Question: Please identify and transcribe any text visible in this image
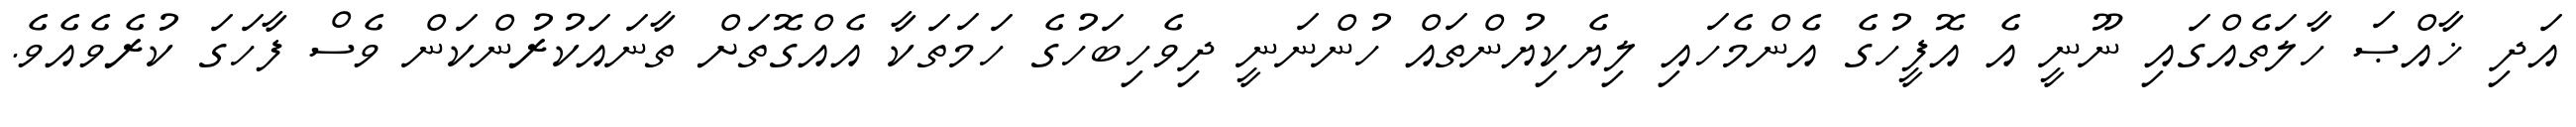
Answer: އަދި ޚާއްޞަ ހާލަތެއްގައި ނޫނީ އެ އޮފީހުގެ އެންމެހައި ލިޔެކިޔުންތައް ހުންނަނީ ދިވެހިބަހުގެ ހަމަތަކާ އެއްގޮތަށް ތާނައަކުރުންކަން ވެސް ފާހަގަ ކުރެވެއެވެ.